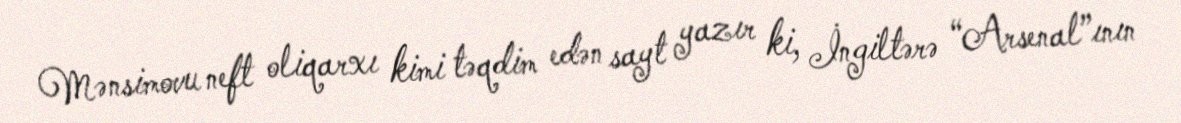
Mənsimovu neft oliqarxı kimi təqdim edən sayt yazır ki, İngiltərə “Arsenal”ının